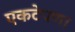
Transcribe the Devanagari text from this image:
एकटेपणा